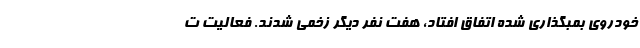
خودروی بمبگذاری شده اتفاق افتاد، هفت نفر دیگر زخمی شدند. فعالیت ت